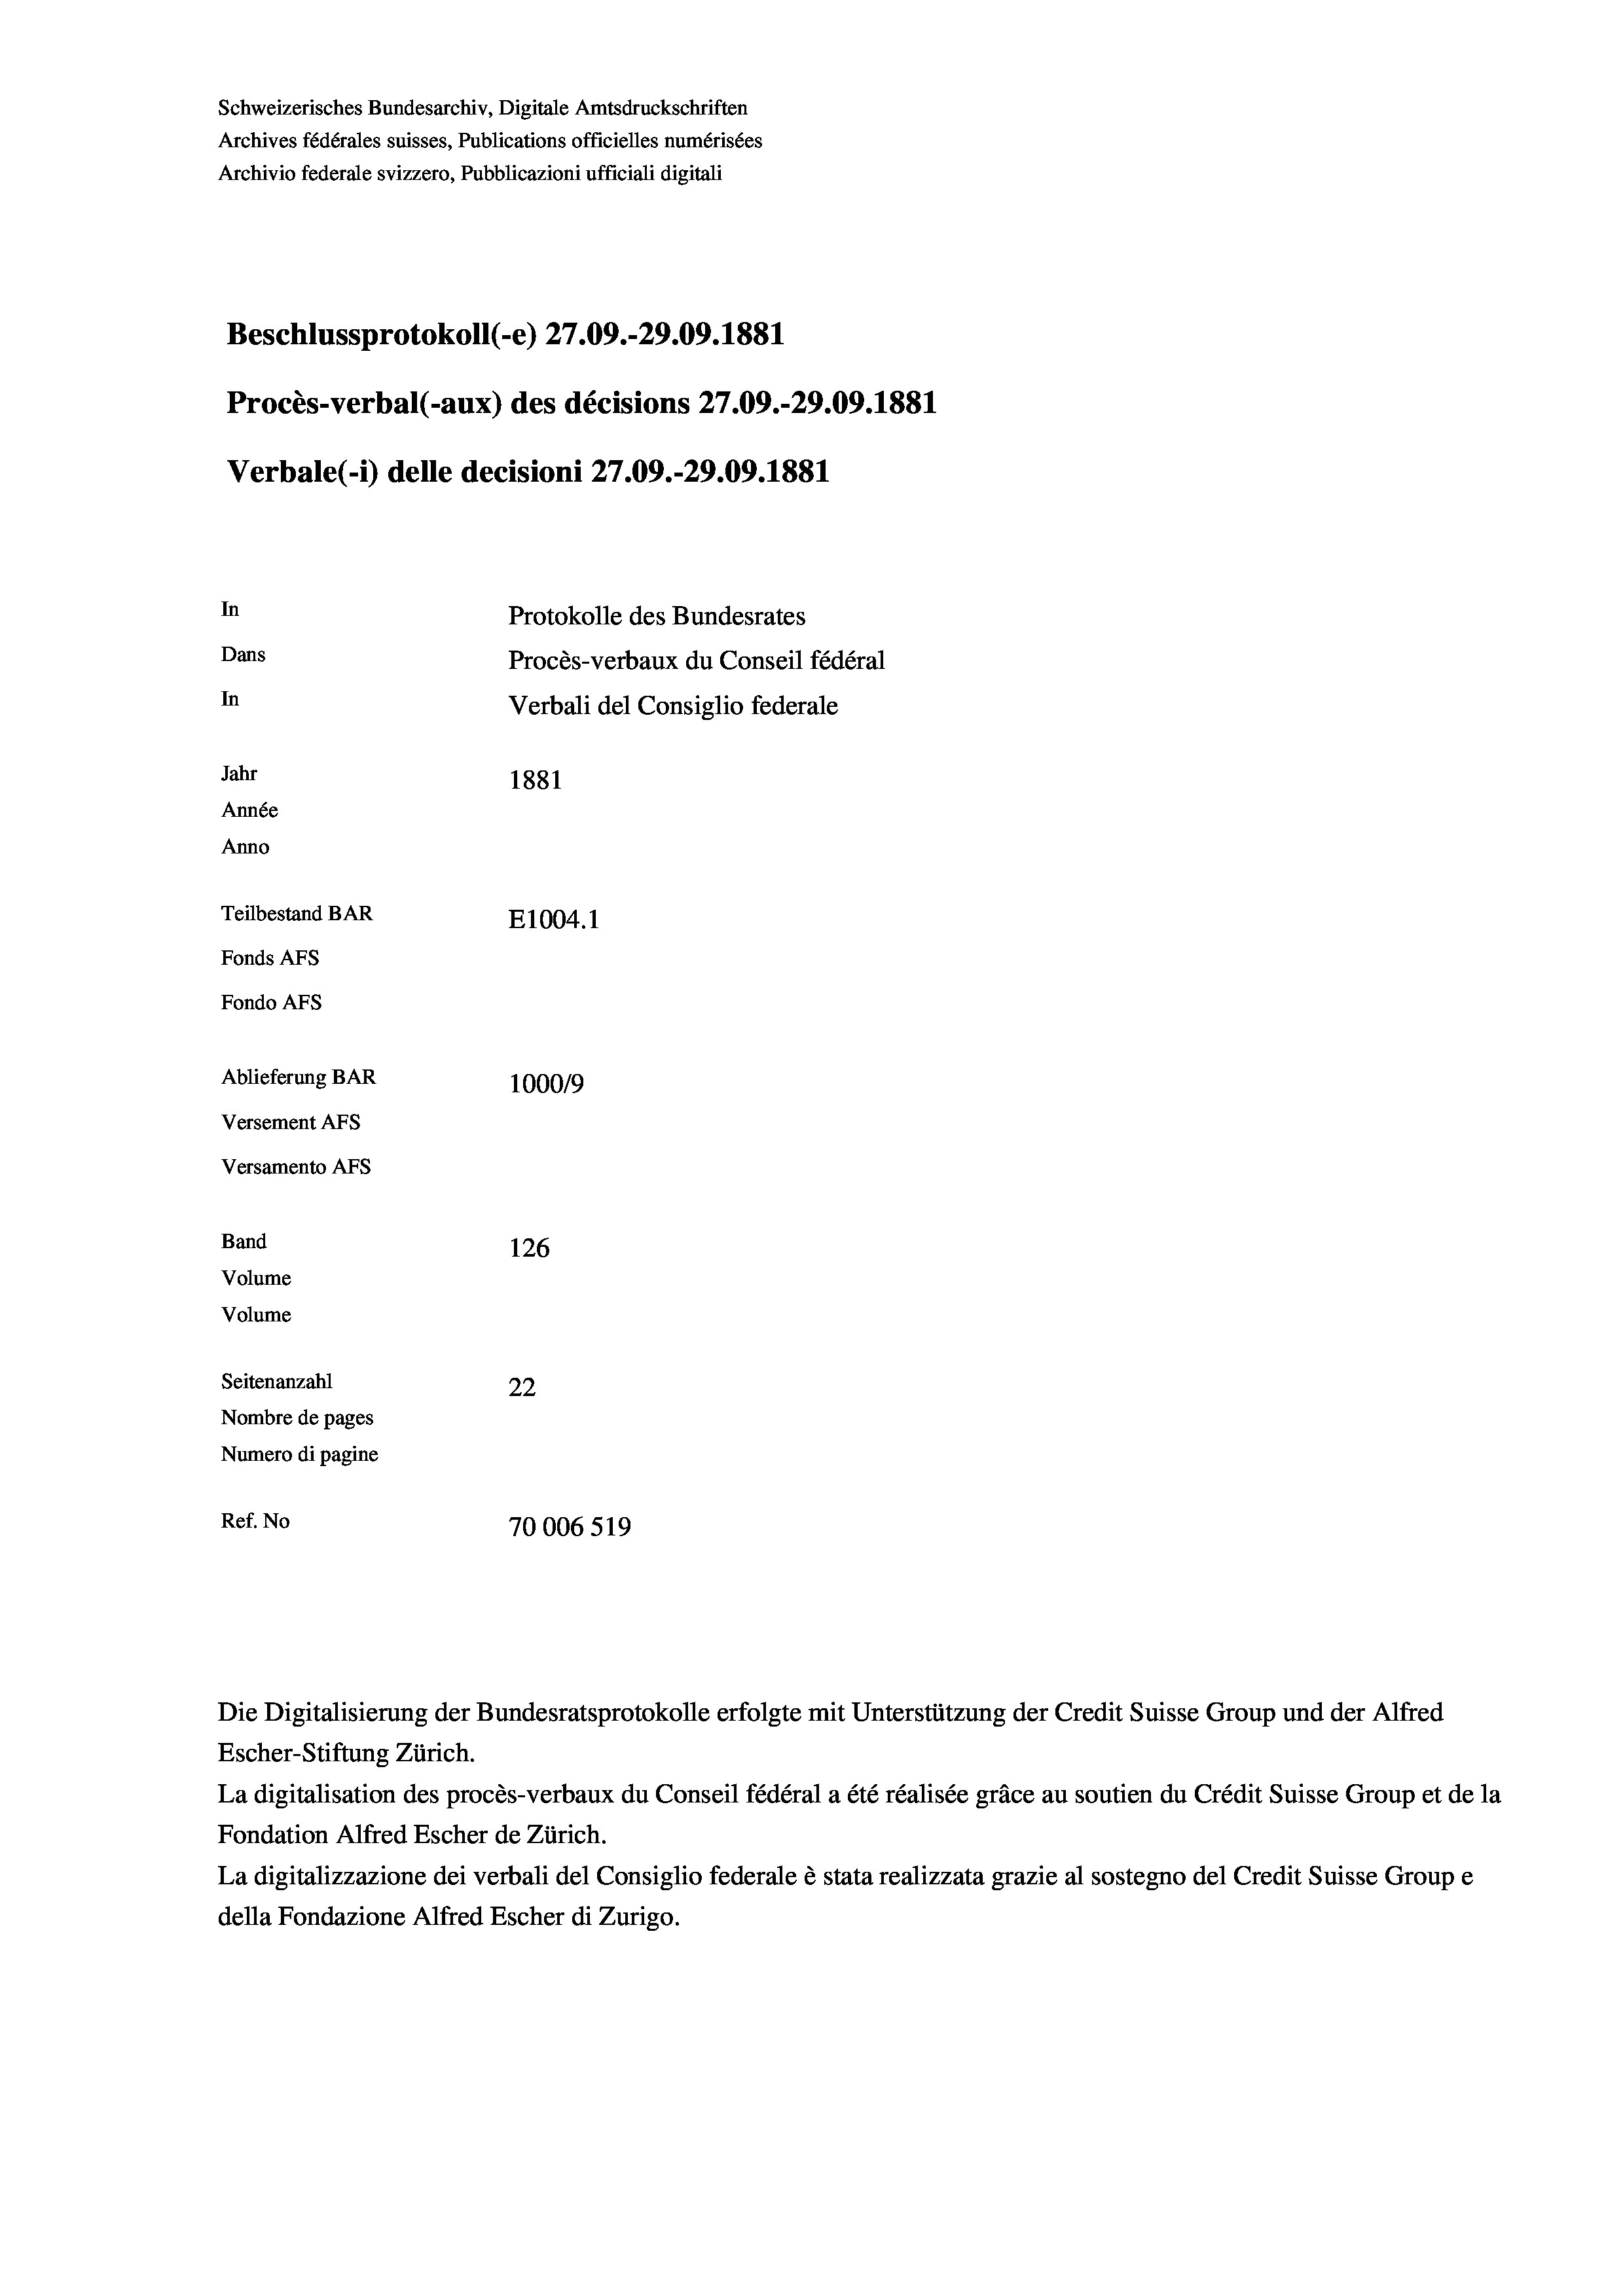
Schweizerisches Bundesarchiv, Digitale Amtsdruckschriften
Archives fédérales suisses, Publications officielles numérisées
Archivio federale svizzero, Pubblicazioni ufficiali digitali
Beschlussprotokoll (-e) 27.09.-29.09. 1881
Procès-verbal (-aux) des décisions 27.09.-29.09. 1881
Verbale (- 1) delle decisioni 27.09.-29.09. 1881
In
Protokolle des Bundesrates
Dans
Procès-verbaux du Conseil fédéral
In
Verbali del Consiglio federale
Jahr
1881
Année
Anno
Teilbestand BAR
E1004.1
Fonds AFs
Fondo Afs
Ablieferung BAR
100019
Versement AFs
Versamento Afs
Band
126
Volume
Volume
Seitenanzahl
22
Nombre de pages
Numero di pagine
Ref. No
70006 519

Escher-Stiftung Zürich.
La digitalisation des procès-verbaux du Conseil fédéral a été réalisée gräce au soutien du Crédit Suisse Group et de la
Fondation Alfred Escher de Zürich.
La digitalizzazione dei verbali del Consiglio federale è stata realizzata grazie al sostegno del Credit Suisse Groupe
della Fondazione Alfred Escher di Zurigo.

Die Digitalisierung der Bundesratsprotokolle erfolgte mit Unterstützung der Credit Suisse Group und der Alfred